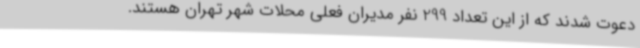
دعوت شدند که از این تعداد 299 نفر مدیران فعلی محلات شهر تهران هستند.